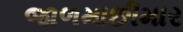
જાળમાછીમાર